Vaccination in the Punjab 1919-1929 - 1919-1929
Year: 1919
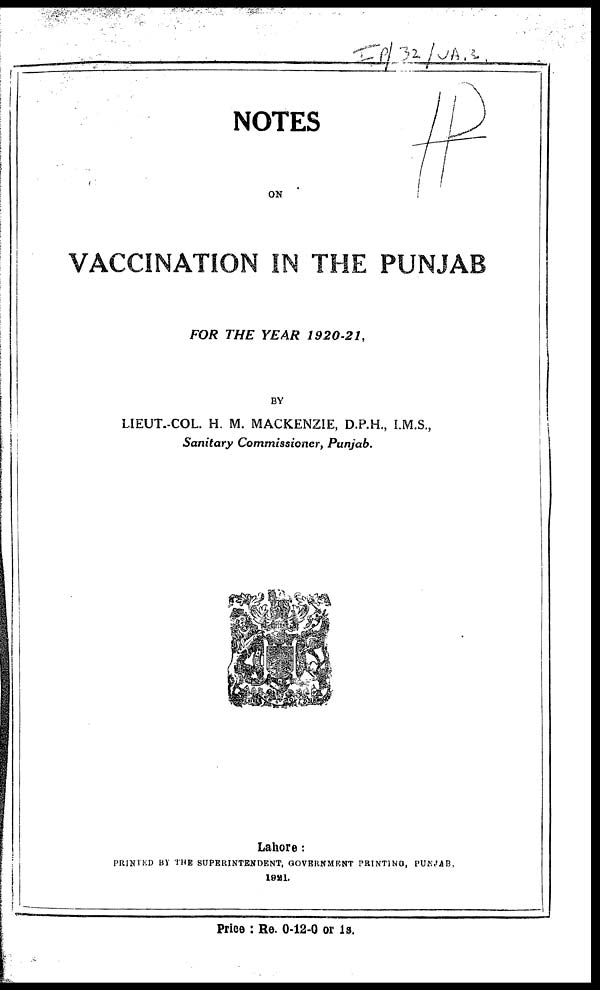
NOTES
ON
VACCINATION IN THE PUNJAB
FOR THE YEAR 1920-21,
BY
LIEUT.-COL. H. M. MACKENZIE, D.P.H., I.M.S.,
Sanitary Commissioner,
Punjab.
Lahore :
PRINTED BY THE SUPERINTENDENT, GOVERNMENT PRINTING, PUNJAB,
1921.
Price : Re. 0-12-0 or 1s.